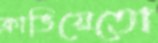
ক্রাভিয়েতো